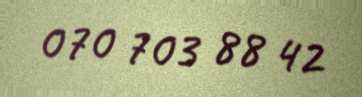
070 703 88 42